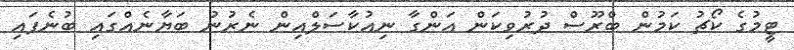
ޓީމުގެ ކޯޗު ކަމުން ބްރޫސް ދުރުވިކަން އަންގާ ނިއުކާސަލްއިން ނެރުނު ބަޔާނެއްގައި ބުނެފައި